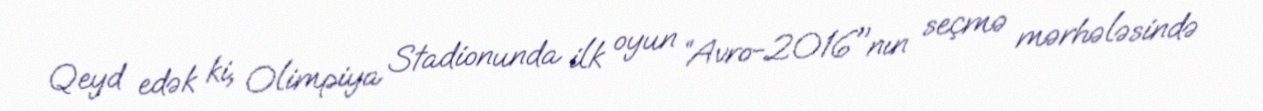
Qeyd edək ki, Olimpiya Stadionunda ilk oyun “Avro-2016"nın seçmə mərhələsində